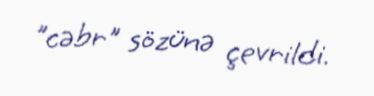
"cəbr" sözünə çevrildi.